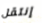
إنتقل